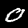
Digit: 0